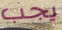
يجب